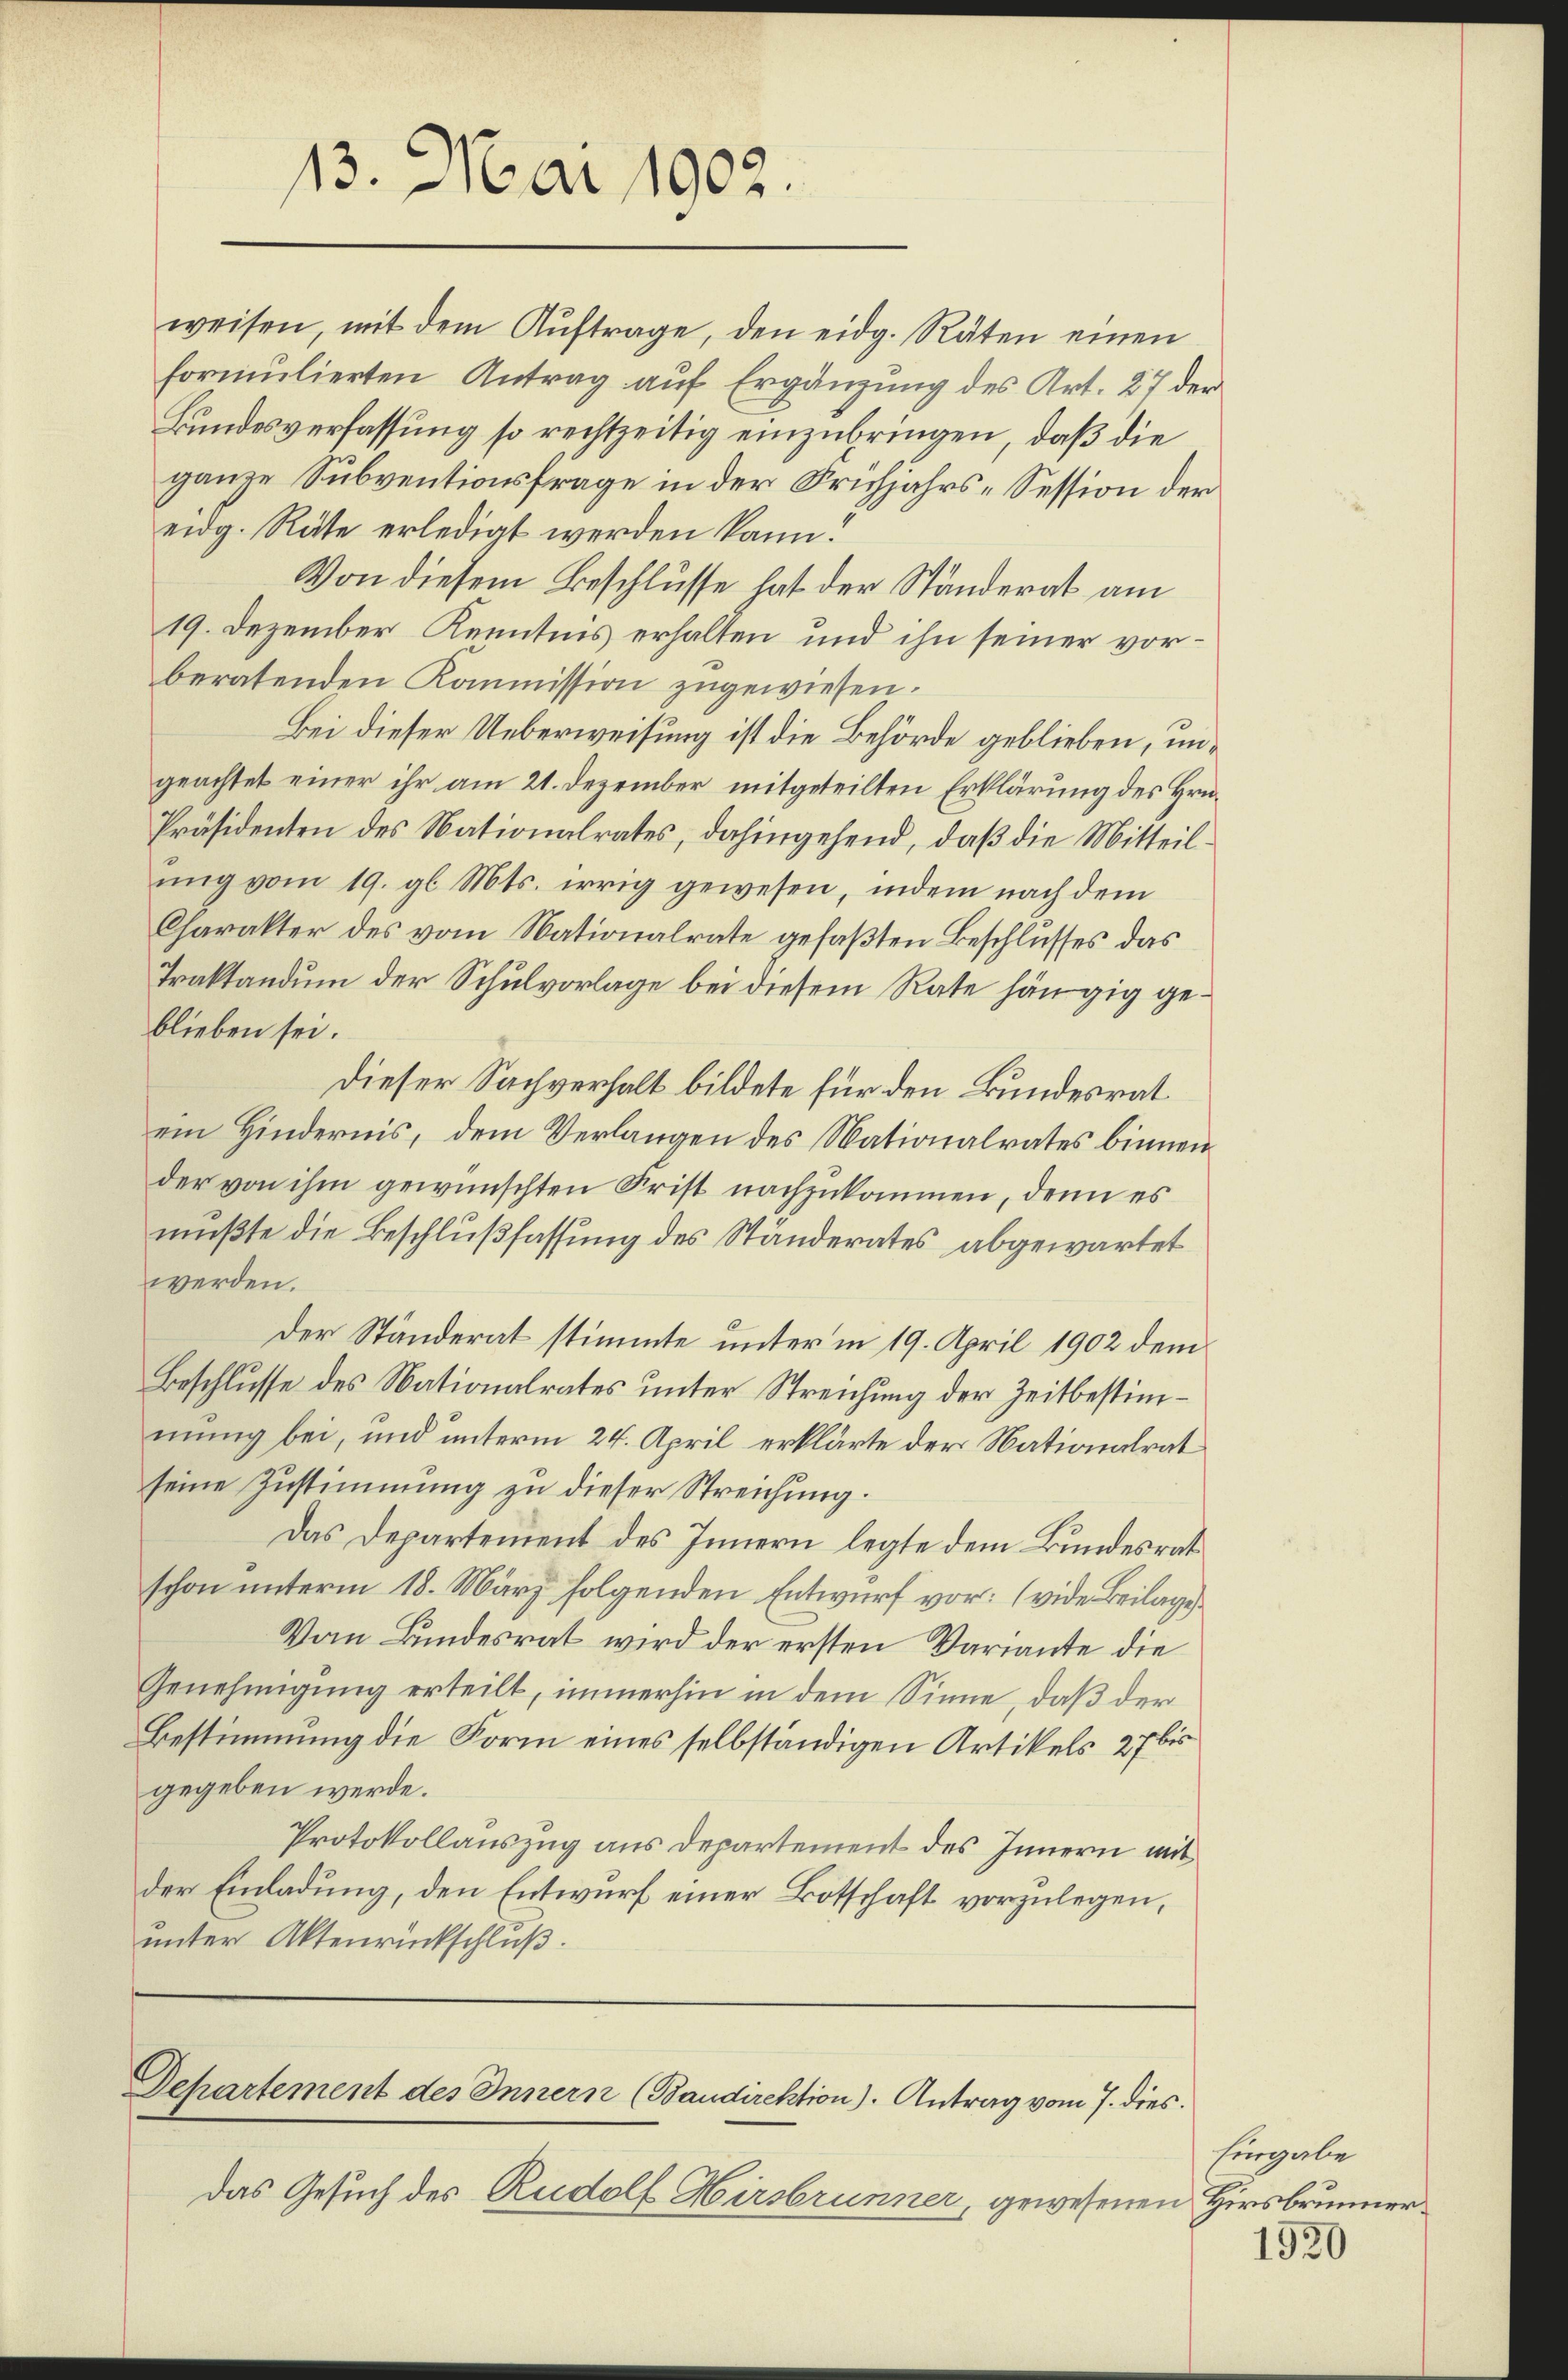
weisen, mit dem Aŭftrage, den eidg. Räten einen
formulierten Antrag auf Ergänzung des Art. 27 der
Bundesverfassung so rechtzeitig einzubringen, daß die
ganze Subventionsfrage in der Frühjahrs- Session der
eidg. Räte erledigt werden kann.
Von diesem Beschlusse hat der Ständerat am
19. Dezember Kenntnis erhalten und ihn seiner vorberatenden Kommission zugewiesen.
Bei dieser Ueberweisung ist die Behörde geblieben, ungeachtet einer ihr am 21. Dezember mitgeteilten Erklärung des Hrn.
Präsidenten des Nationalrates, dahingehend, daß die Mitteilung vom 19. gl. Mts. irrig gewesen, indem nach dem
Charakter des vom Nationalrate gefaßten Beschlusses das
Traktandum der Schulvorlage bei diesem Rate hängig geblieben sei.
Dieser Sachverhalt bildete für den Bundesrat
ein Hindernis, dem Verlangen des Nationalrates binnen
der von ihm gewünschten Frist nachzukommen, denn es
mußte die Beschlußfassung des Ständerates abgewartet
werden.
Der Ständerat stimmte unter in 19. April 1902 dem
Beschlusse des Nationalrates unter Streichung der Zeitbestimmung bei, und unterm 24. April erklärte der Nationalrat
seine Zustimmung zu dieser Streichung.
Das Departement des Innern legte dem Bundesrat
schon unterm 18. März folgenden Entwurf vor: (vide Beilage
Vom Bundesrat wird der ersten Variante die
Genehmigung erteilt, immerhin in dem Sinne, daß der
Bestimmung die Form eines selbständigen Artikels 27 bis
gegeben werde.
Protokollauszug aus Departement des Innern mit
der Einladung, den Entwurf einer Botschaft vorzulegen,
unter Aktenrückschluß.

13. Mai 1902.

Departement des Innern (Baudirektion). Antrag vom 7. dies

Das Gesuch des Rudolf Hirsbrunner, gewesenen

Eingabe
Hirsbrunner.

1920